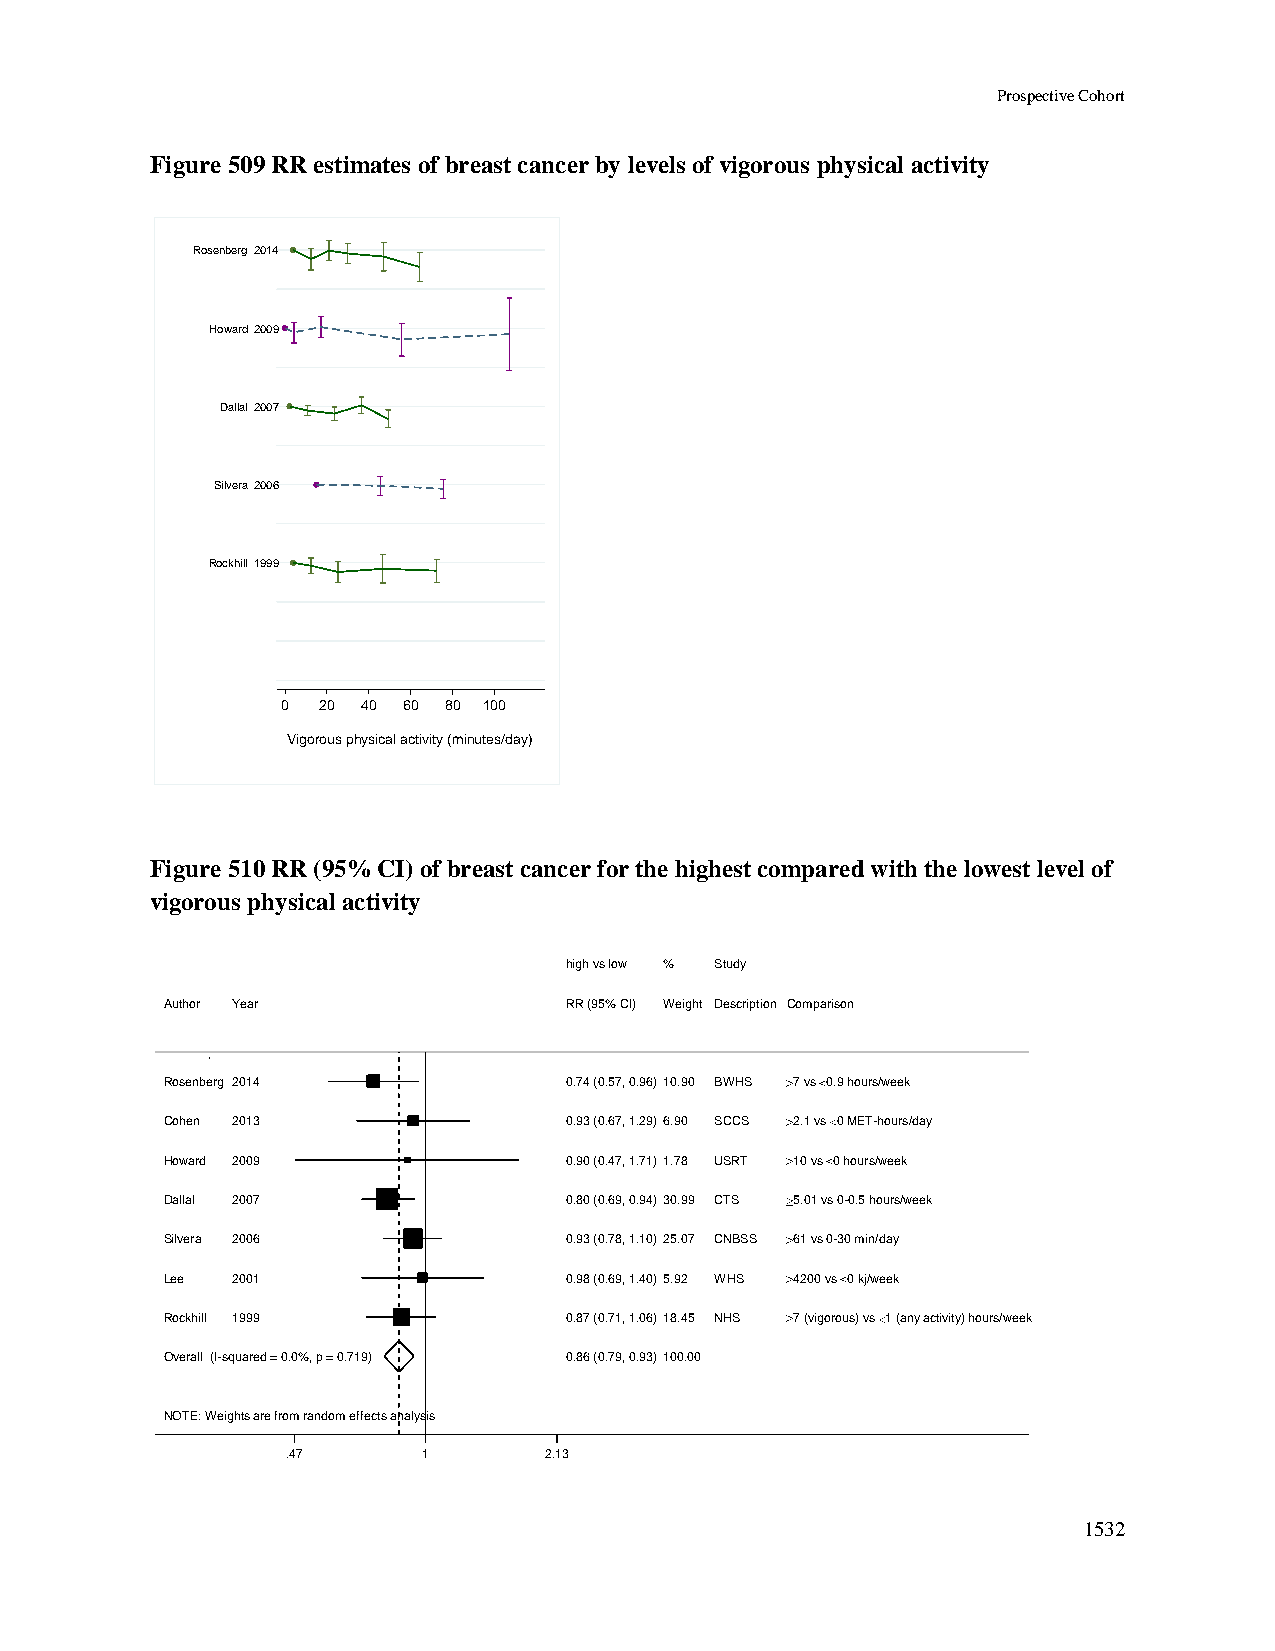
Prospective Cohort
 Figure 509 RR estimates of breast cancer by levels of vigorous physical activity
 Rosenberg 2014
 Howard 2009
 Dallal 2007
 Silvera 2006
 Rockhill 1999
 0 20 40 60 80 100
 Vigorous physical activity (minutes/day)
 Figure 510 RR (95% CI) of breast cancer for the highest compared with the lowest level of
 vigorous physical activity
 hhiigghh vvss llooww %% Study
 Author Year               RRRR ((9955%% CCII)) WWeeiigghhtt Description Comparison
 Rosenberg 2014            00..7744 ((00..5577,, 00..9966))1100..9900 BWHS 7 vs 0.9 hours/week
 Cohen 2013                00..9933 ((00..6677,, 11..2299))66..9900 SCCS 2.1 vs 0 MET-hours/day
 Howard 2009               00..9900 ((00..4477,, 11..7711))11..7788 USRT 10 vs 0 hours/week
 Dallal 2007               00..8800 ((00..6699,, 00..9944))3300..9999 CTS 5.01 vs 0-0.5 hours/week
 Silvera 2006              00..9933 ((00..7788,, 11..1100))2255..0077 CNBSS 61 vs 0-30 min/day
 Lee 2001                  00..9988 ((00..6699,, 11..4400))55..9922 WHS 4200 vs 0 kj/week
 Rockhill 1999             00..8877 ((00..7711,, 11..0066))1188..4455 NHS 7 (vigorous) vs 1 (any activity) hours/week
 Overall (I-squared = 0.0%, p = 0.719) 00..8866 ((00..7799,, 00..9933))110000..0000
 NOTE: Weights are from random effects analysis
 .47      11      2.13
 1532